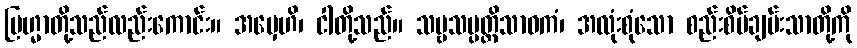
ဗြဟ္မာတို့သည်လည်းကောင်း။ အမှေဟိ၊ ငါတို့သည်။ သဗ္ဗသမ္ပတ္တိသာဓကံ၊ အလုံးစုံသော စည်းစိမ်ချမ်းသာတို့ကို